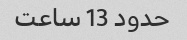
حدود 13 ساعت